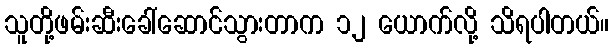
သူတို့ဖမ်းဆီးခေါ်ဆောင်သွားတာက ၁၂ ယောက်လို့ သိရပါတယ်။